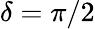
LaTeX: \delta=\pi/2